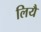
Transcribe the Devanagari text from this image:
लियै